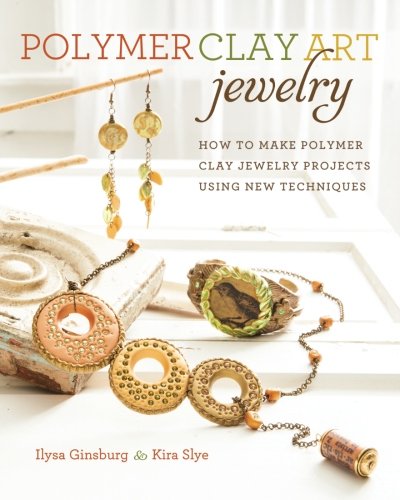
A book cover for Polymer Clay Art Jewelry: How to Make Polymer Clay Jewelry Projects Using New Techniques; Ilysa Ginsburg; Crafts, Hobbies & Home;